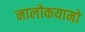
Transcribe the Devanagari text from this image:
नालोकयामो